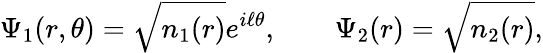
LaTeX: \Psi_{1}(r,\theta)=\sqrt{n_{1}(r)}e^{i\ell\theta},\qquad\Psi_{2}(r)=\sqrt{n_{2}(r)},